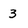
Character: 3